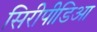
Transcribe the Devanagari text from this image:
सिरीपीडिआ